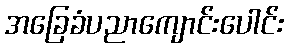
အခြေခံပညာကျောင်းပေါင်း